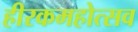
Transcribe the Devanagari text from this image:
हीरकमहोत्सव